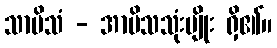
သာမိသံ - အာမိသသုံးမျိုး ရှိ၏။